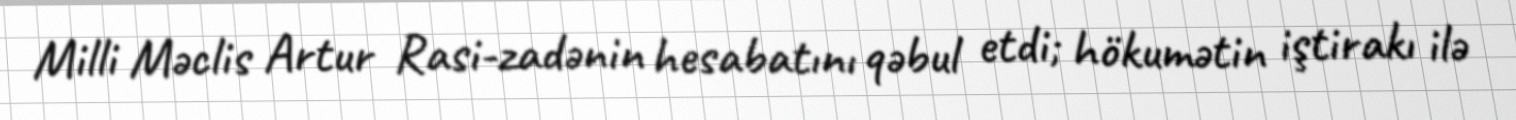
Milli Məclis Artur Rasi-zadənin hesabatını qəbul etdi; hökumətin iştirakı ilə